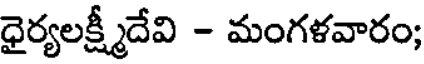
ధైర్యలక్ష్మీదేవి - మంగళవారం;